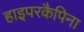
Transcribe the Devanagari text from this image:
हाइपरकैपिना